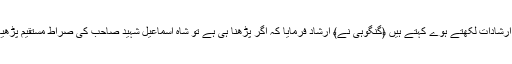
گنگوہی صاحب کے ارشادات لکھتے ہوے کہتے ہیں ﴿گنگوہی نے﴾ ارشاد فرمایا کہ ًاگر پڑھنا ہی ہے تو شاہ اسماعیل شہید صاحب کی صراط مستقیم پڑھیے﴿ تصوف کیا ہے ؟